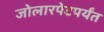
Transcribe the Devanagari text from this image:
जोलारपेटपर्यंत